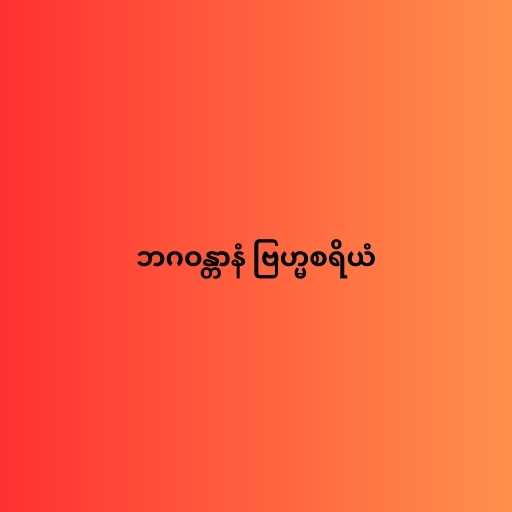
ဘဂဝန္တာနံ ဗြဟ္မစရိယံ